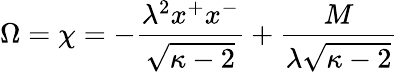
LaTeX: \Omega=\chi=-\frac{\lambda^{2}x^{+}x^{-}}{\sqrt{\kappa-2}}+\frac{M}{\lambda\sqrt{\kappa-2}}